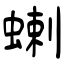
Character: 蝲